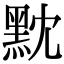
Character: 黕